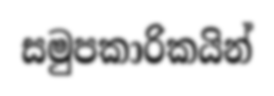
සමුපකාරිකයින්